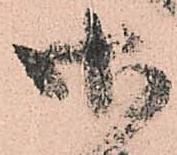
御